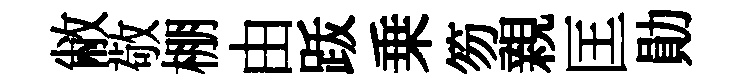
敝敬棚由䟦乗笏親匡勛